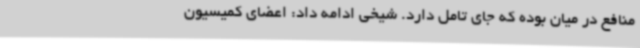
منافع در میان بوده که جای تامل دارد. شیخی ادامه داد: اعضای کمیسیون